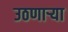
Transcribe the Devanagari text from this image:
उठणार्‍या